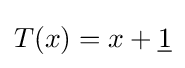
T(x)=x+{\underline {1}}